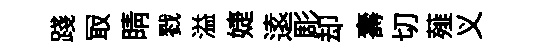
踐冣睛戮溢婕逺彫却壽切薤义